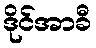
ဒိုင်အာခီ